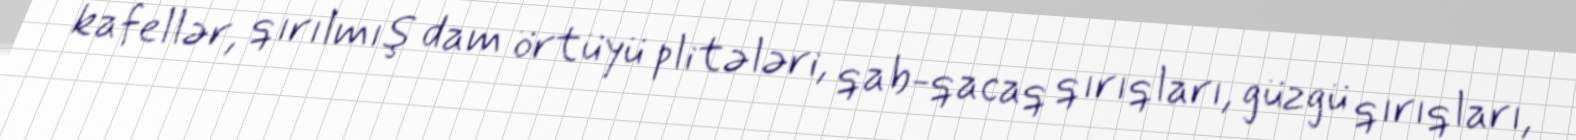
kafellər, qırılmış dam örtüyü plitələri, qab-qacaq qırıqları, güzgü qırıqları,